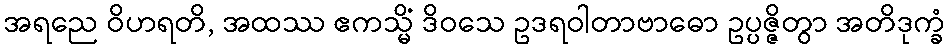
အရညေ ဝိဟရတိ, အထဿ ဧကသ္မိံ ဒိဝသေ ဥဒရဝါတာဗာဓော ဥပ္ပဇ္ဇိတွာ အတိဒုက္ခံ